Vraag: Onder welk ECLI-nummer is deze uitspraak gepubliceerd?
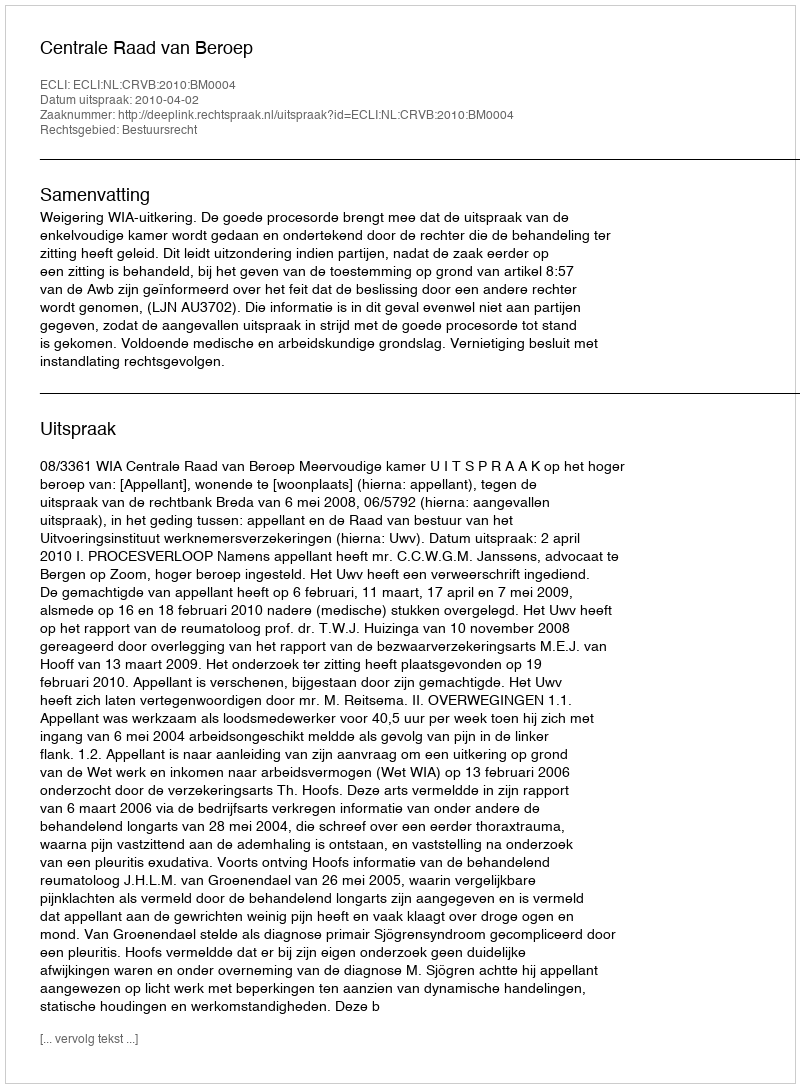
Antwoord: ECLI:NL:CRVB:2010:BM0004